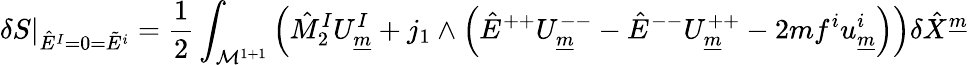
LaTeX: \delta S\vert_{\hat{E}^{I}=0=\tilde{E}^{i}}={\frac{1}{2}}\int_{{\cal M}^{1+1}}\left(\hat{M}_{2}^{I}U_{\underline{{{m}}}}^{I}+j_{1}\wedge\left(\hat{E}^{++}U_{\underline{{{m}}}}^{--}-\hat{E}^{--}U_{\underline{{{m}}}}^{++}-2mf^{i}u_{\underline{{{m}}}}^{i}\right)\right)\delta\hat{X}^{\underline{{{m}}}}